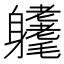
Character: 𨊜